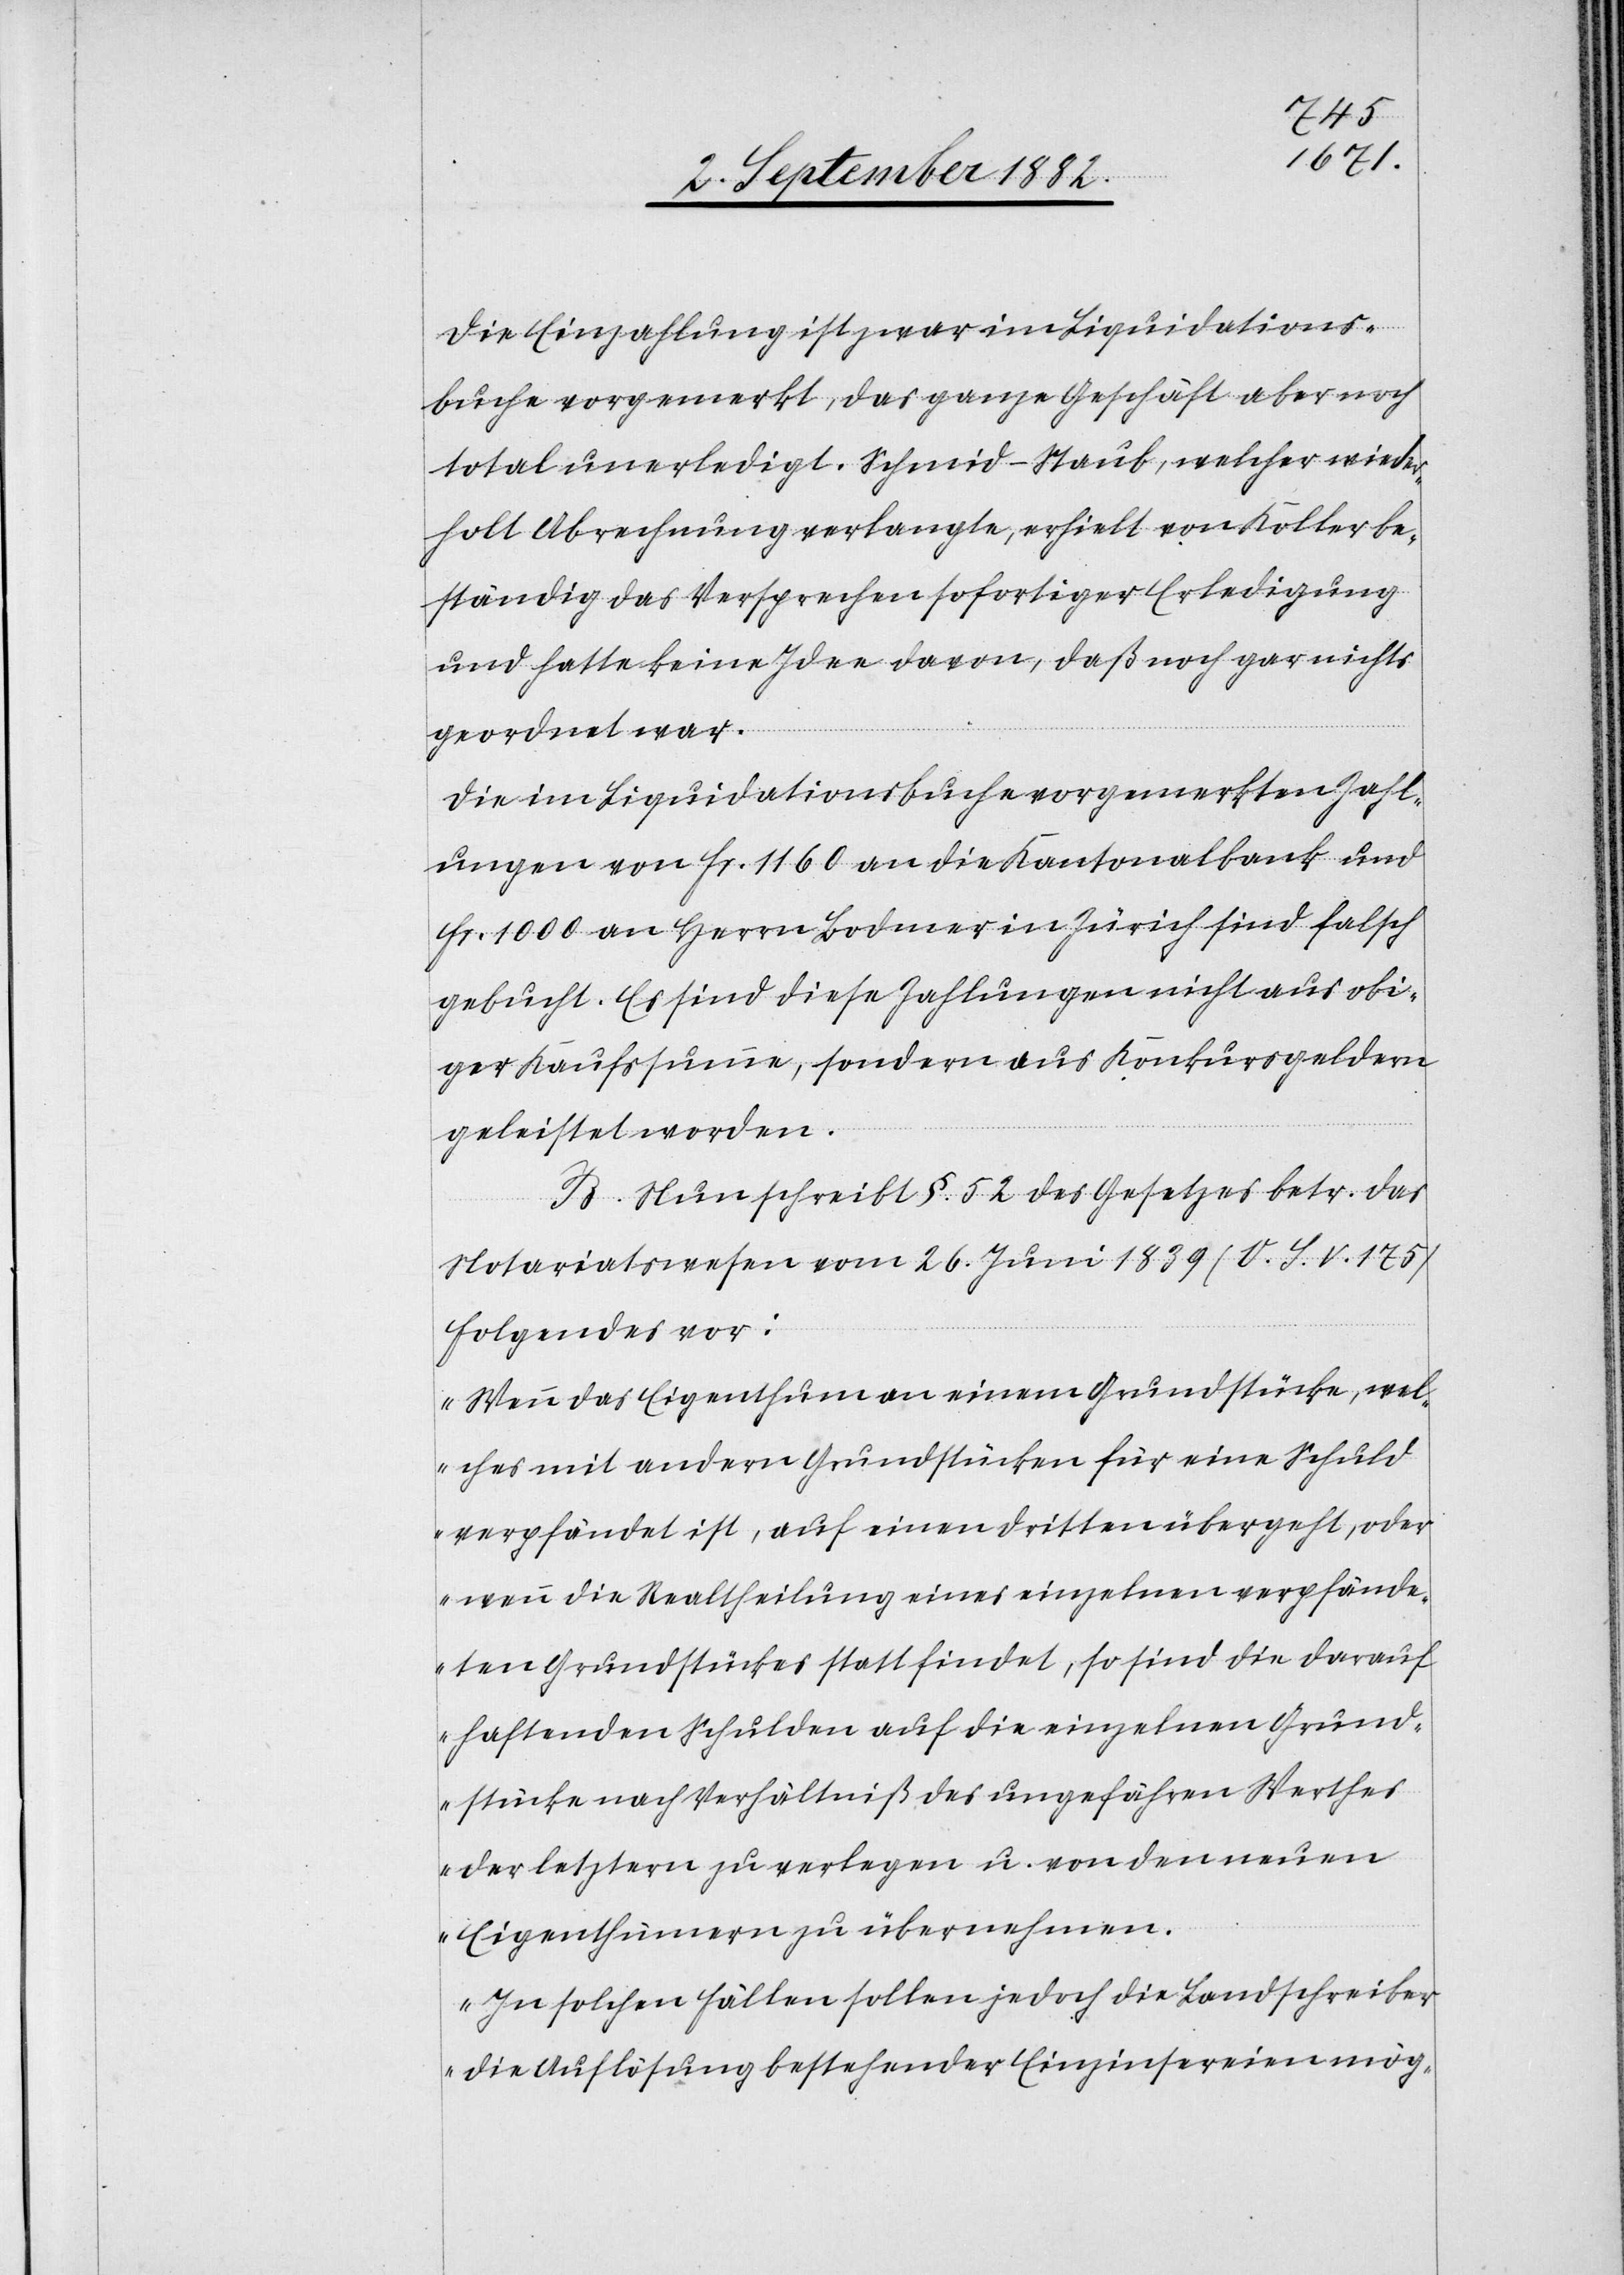
Die Einzahlung ist zwar im Liquidations¬
buche vorgemerkt, das ganze Geschäft aber noch
total unerledigt. Schmid-Staub, welcher wieder¬
holt Abrechnung verlangte, erhielt von Koller be¬
ständig das Versprechen sofortiger Erledigung
und hatte keine Idee davon, daß noch gar nichts
geordnet war.
Die im Liquidationsbuche vorgemerkten Zahl¬
ungen von Fr. 1160 an die Kantonalbank und
Fr. 1000 an Herrn Bodmer in Zürich sind falsch
gebucht. Es sind diese Zahlungen nicht aus obi¬
ger Kaufssumme, sondern aus Konkursgeldern
geleistet worden.
B. Nun schreibt §. 52 des Gesetzes betr. das
Notariatswesen vom 26. Juni 1839 (O. S. v. 1751)
Folgendes vor:
„Wenn das Eigenthum an einem Grundstück, wel¬
ches mit andern Grundstücken für eine Schuld
verpfändet ist, auf einen Dritten übergeht, oder
wenn die Realtheilung eines einzelnen verpfände¬
ten Grundstückes stattfindet, so sind die darauf
haftenden Schulden auf die einzelnen Grund¬
stücke nach Verhältniß des ungefähren Werthes
der Letztern zu verlegen u. von den neuen
Eigenthümern zu übernehmen.
In solchen Fällen sollen jedoch die Landschreiber
die Auflösung bestehender Einzinsereien mög-